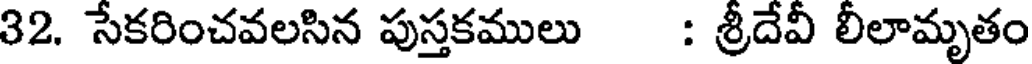
32. సేకరించవలసిన పుస్తకములు : శ్రీదేవీ లీలామృతం